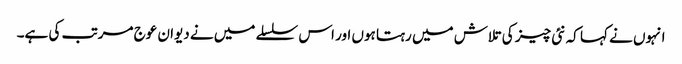
انہوں نے کہا کہ نئی چیز کی تلاش میں رہتا ہوں اور اس سلسلے میں نے دیوان عوج مرتب کی ہے۔